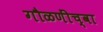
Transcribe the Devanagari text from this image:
गौळणींच्वा